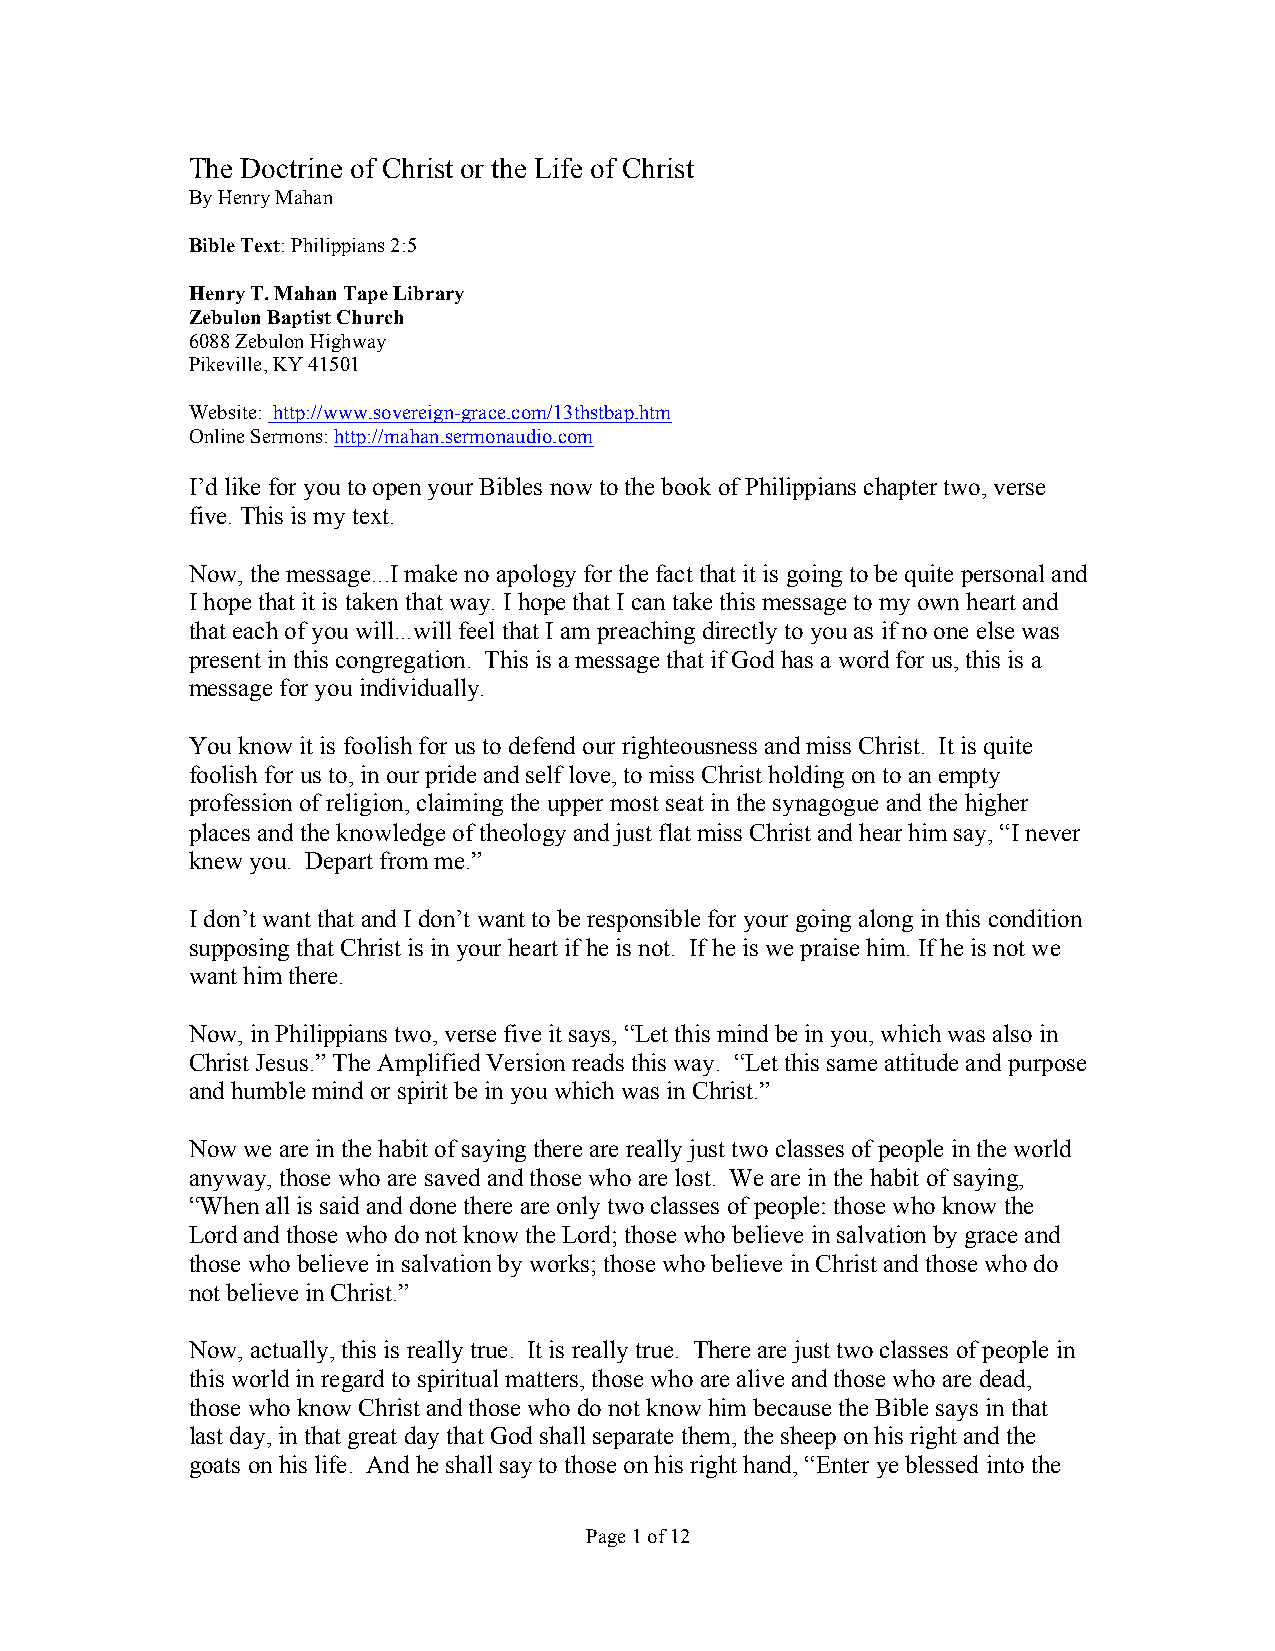
The Doctrine of Christ or the Life of Christ
 By Henry Mahan
 Bible Text: Philippians 2:5
 Henry T. Mahan Tape Library
 Zebulon Baptist Church
 6088 Zebulon Highway
 Pikeville, KY 41501
 Website: http://www.sovereign-grace.com/13thstbap.htm
 Online Sermons: http://mahan.sermonaudio.com
 I’d like for you to open your Bibles now to the book of Philippians chapter two, verse
 five. This is my text.
 Now, the message...I make no apology for the fact that it is going to be quite personal and
 I hope that it is taken that way. I hope that I can take this message to my own heart and
 that each of you will...will feel that I am preaching directly to you as if no one else was
 present in this congregation. This is a message that if God has a word for us, this is a
 message for you individually.
 You know it is foolish for us to defend our righteousness and miss Christ. It is quite
 foolish for us to, in our pride and self love, to miss Christ holding on to an empty
 profession of religion, claiming the upper most seat in the synagogue and the higher
 places and the knowledge of theology and just flat miss Christ and hear him say, “I never
 knew you. Depart from me.”
 I don’t want that and I don’t want to be responsible for your going along in this condition
 supposing that Christ is in your heart if he is not. If he is we praise him. If he is not we
 want him there.
 Now, in Philippians two, verse five it says, “Let this mind be in you, which was also in
 Christ Jesus.” The Amplified Version reads this way. “Let this same attitude and purpose
 and humble mind or spirit be in you which was in Christ.”
 Now we are in the habit of saying there are really just two classes of people in the world
 anyway, those who are saved and those who are lost. We are in the habit of saying,
 “When all is said and done there are only two classes of people: those who know the
 Lord and those who do not know the Lord; those who believe in salvation by grace and
 those who believe in salvation by works; those who believe in Christ and those who do
 not believe in Christ.”
 Now, actually, this is really true. It is really true. There are just two classes of people in
 this world in regard to spiritual matters, those who are alive and those who are dead,
 those who know Christ and those who do not know him because the Bible says in that
 last day, in that great day that God shall separate them, the sheep on his right and the
 goats on his life. And he shall say to those on his right hand, “Enter ye blessed into the
 Page 1 of 12